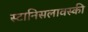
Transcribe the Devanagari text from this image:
स्टानिसलावस्की